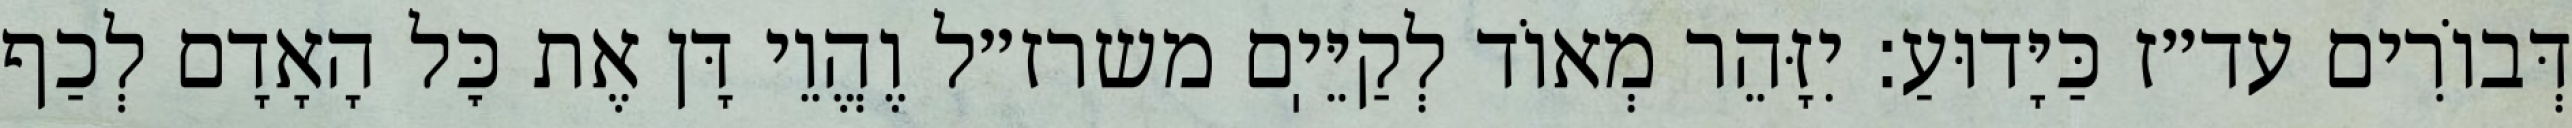
דְּבוֹרִים עד״ז כַּיָּדוּעַ: יִזָּהֵר מְאוֹד לְקַיֵּיֽם משרז״ל וֶהֱוֵי דָּן אֶת כׇּל הָאָדָם לְכַף